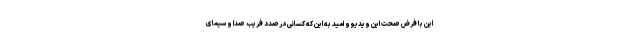
این با فرض صحت این ویدیو و امید به این که کسانی درصدد فریب صدا و سیمای